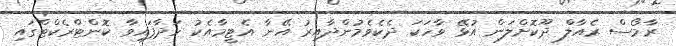
ރާމޯސް ރެއާލް ދޫކޮށްލަން އުޅޭ ވާހަކަ ދެކެވެމުންދާއިރު އޭނާ އެޓީމާއެކު ހަދާފައިވާ ކޮންޓްރެކްޓްގައި